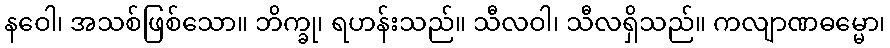
နဝေါ၊ အသစ်ဖြစ်သော။ ဘိက္ခု၊ ရဟန်းသည်။ သီလဝါ၊ သီလရှိသည်။ ကလျာဏဓမ္မော၊